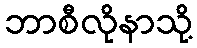
ဘာစီလိုနာသို့